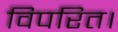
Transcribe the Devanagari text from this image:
विपरित।